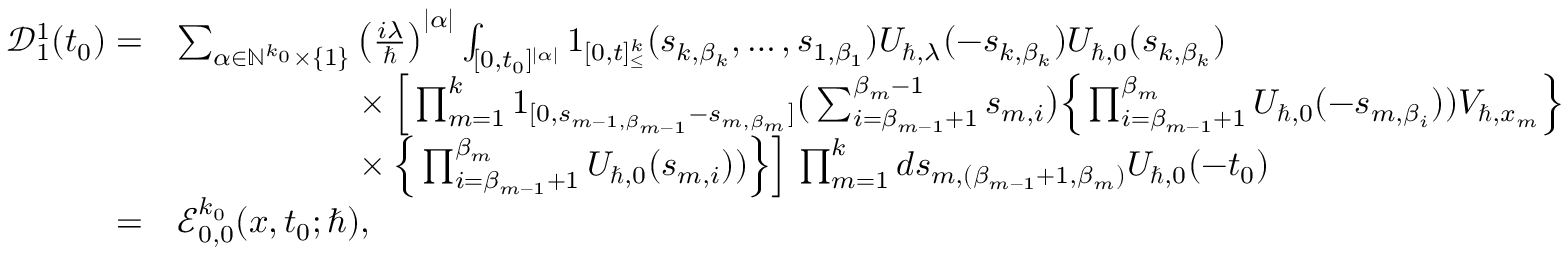
\begin{array} { r l } { \mathcal { D } _ { 1 } ^ { 1 } ( t _ { 0 } ) = } & { \sum _ { \alpha \in \mathbb { N } ^ { k _ { 0 } } \times \{ 1 \} } \left( \frac { i \lambda } { \hbar } \right) ^ { | \alpha | } \int _ { [ 0 , t _ { 0 } ] ^ { | \alpha | } } \boldsymbol { 1 } _ { [ 0 , t ] _ { \leq } ^ { k } } ( s _ { k , \beta _ { k } } , \dots , s _ { 1 , \beta _ { 1 } } ) U _ { \hbar , \lambda } ( - s _ { k , \beta _ { k } } ) U _ { \hbar , 0 } ( s _ { k , \beta _ { k } } ) } \\ & { \phantom { \sum _ { \alpha \in \mathbb { N } ^ { k _ { 0 } } \times \{ 1 \} } } \times \Big [ \prod _ { m = 1 } ^ { k } \boldsymbol { 1 } _ { [ 0 , s _ { m - 1 , \beta _ { m - 1 } } - s _ { m , \beta _ { m } } ] } \big ( \sum _ { i = \beta _ { m - 1 } + 1 } ^ { \beta _ { m } - 1 } s _ { m , i } \big ) \Big \{ \prod _ { i = \beta _ { m - 1 } + 1 } ^ { \beta _ { m } } U _ { \hbar , 0 } ( - s _ { m , \beta _ { i } } ) ) V _ { \hbar , x _ { m } } \Big \} } \\ & { \phantom { \sum _ { \alpha \in \mathbb { N } ^ { k _ { 0 } } \times \{ 1 \} } } \times \Big \{ \prod _ { i = \beta _ { m - 1 } + 1 } ^ { \beta _ { m } } U _ { \hbar , 0 } ( s _ { m , i } ) ) \Big \} \Big ] \, \prod _ { m = 1 } ^ { k } d \boldsymbol { s } _ { m , ( \beta _ { m - 1 } + 1 , \beta _ { m } ) } U _ { \hbar , 0 } ( - t _ { 0 } ) } \\ { = } & { \mathcal { E } _ { 0 , 0 } ^ { k _ { 0 } } ( \boldsymbol { x } , t _ { 0 } ; \hbar ) , } \end{array}